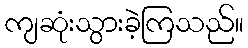
ကျဆုံးသွားခဲ့ကြသည်။